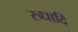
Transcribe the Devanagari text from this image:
रुधादि